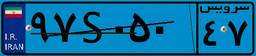
۰۸S۷۰۰۲۲